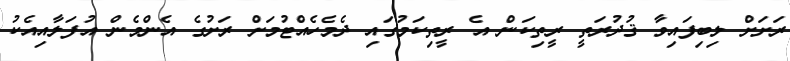
ރަށަށް ލިބިފައިވާ ޤުދުރަތީ ރީތިކަން އެ ރީތިކަމުގައި ދެމެހެއްޓުމަށް ރަށުގެ އެންމެން އުފަލާއިއެކު